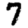
Digit: 7